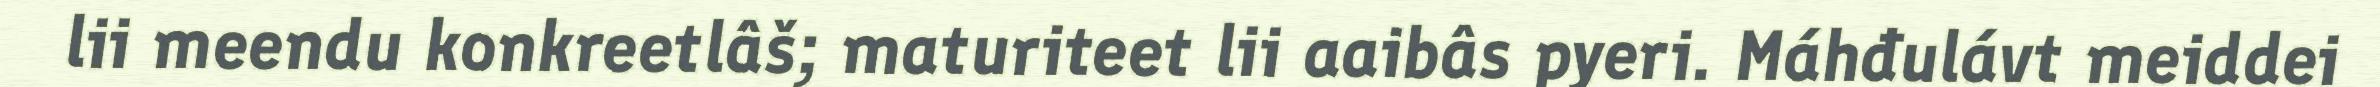
lii meendu konkreetlâš; maturiteet lii aaibâs pyeri. Máhđulávt meiddei